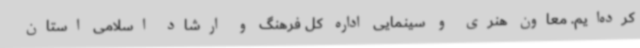
کرده‌ایم. معاون هنری و سینمایی اداره کل فرهنگ و ارشاد اسلامی استان